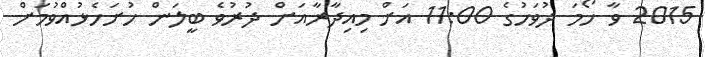
2015 ވާ ހޯމަ ދުވަހުގެ 11:00 އަށް މިއިދާރާއަށް ދުރުވެ ބީލަން ހުށަހެޅުއްވުމަށް